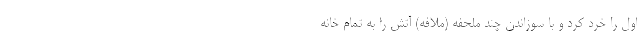
اول را خرد کرد و با سوزاندن چند ملحفه (ملافه) آتش را به تمام خانه